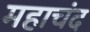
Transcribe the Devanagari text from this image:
महाचंद